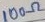
Text: 100Ω